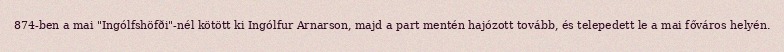
874-ben a mai "Ingólfshöfði"-nél kötött ki Ingólfur Arnarson, majd a part mentén hajózott tovább, és telepedett le a mai főváros helyén.